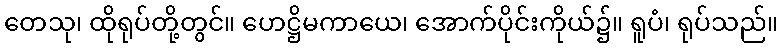
တေသု၊ ထိုရုပ်တို့တွင်။ ဟေဋ္ဌိမကာယေ၊ အောက်ပိုင်းကိုယ်၌။ ရူပံ၊ ရုပ်သည်။